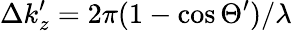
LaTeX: \Delta k_{z}^{\prime}=2\pi(1-\cos\Theta^{\prime})/\lambda